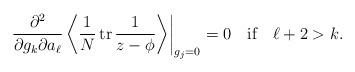
LaTeX: \begin{align*}\left.\frac{\partial^2}{\partial g_k \partial a_\ell}\left\langle \frac1N\,{\rm tr}\,\frac{1}{z-\phi}\right\rangle\right|_{g_j=0}=0 \ \ \mbox{ if }\ \ \ell +2 > k.\end{align*}